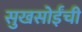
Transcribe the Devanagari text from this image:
सुखसोईंची